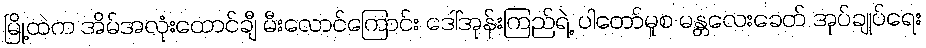
မြို့ထဲက အိမ်အလုံးထောင်ချီ မီးလောင်ကြောင်း ဒေါ်အုန်းကြည်ရဲ့ ပါတော်မူစ မန္တလေးခေတ် အုပ်ချုပ်ရေး